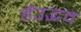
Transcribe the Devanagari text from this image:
हैंउद्भव